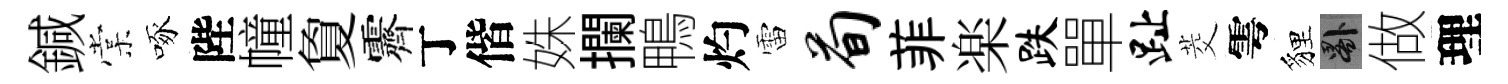
鍼棠啄陛幢夐霽丁偕姝攔鴨灼雷荀菲楽跌單趾茭雩貍晷做理